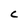
Character: C